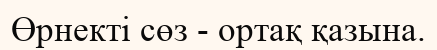
Өрнекті сөз - ортақ қазына.